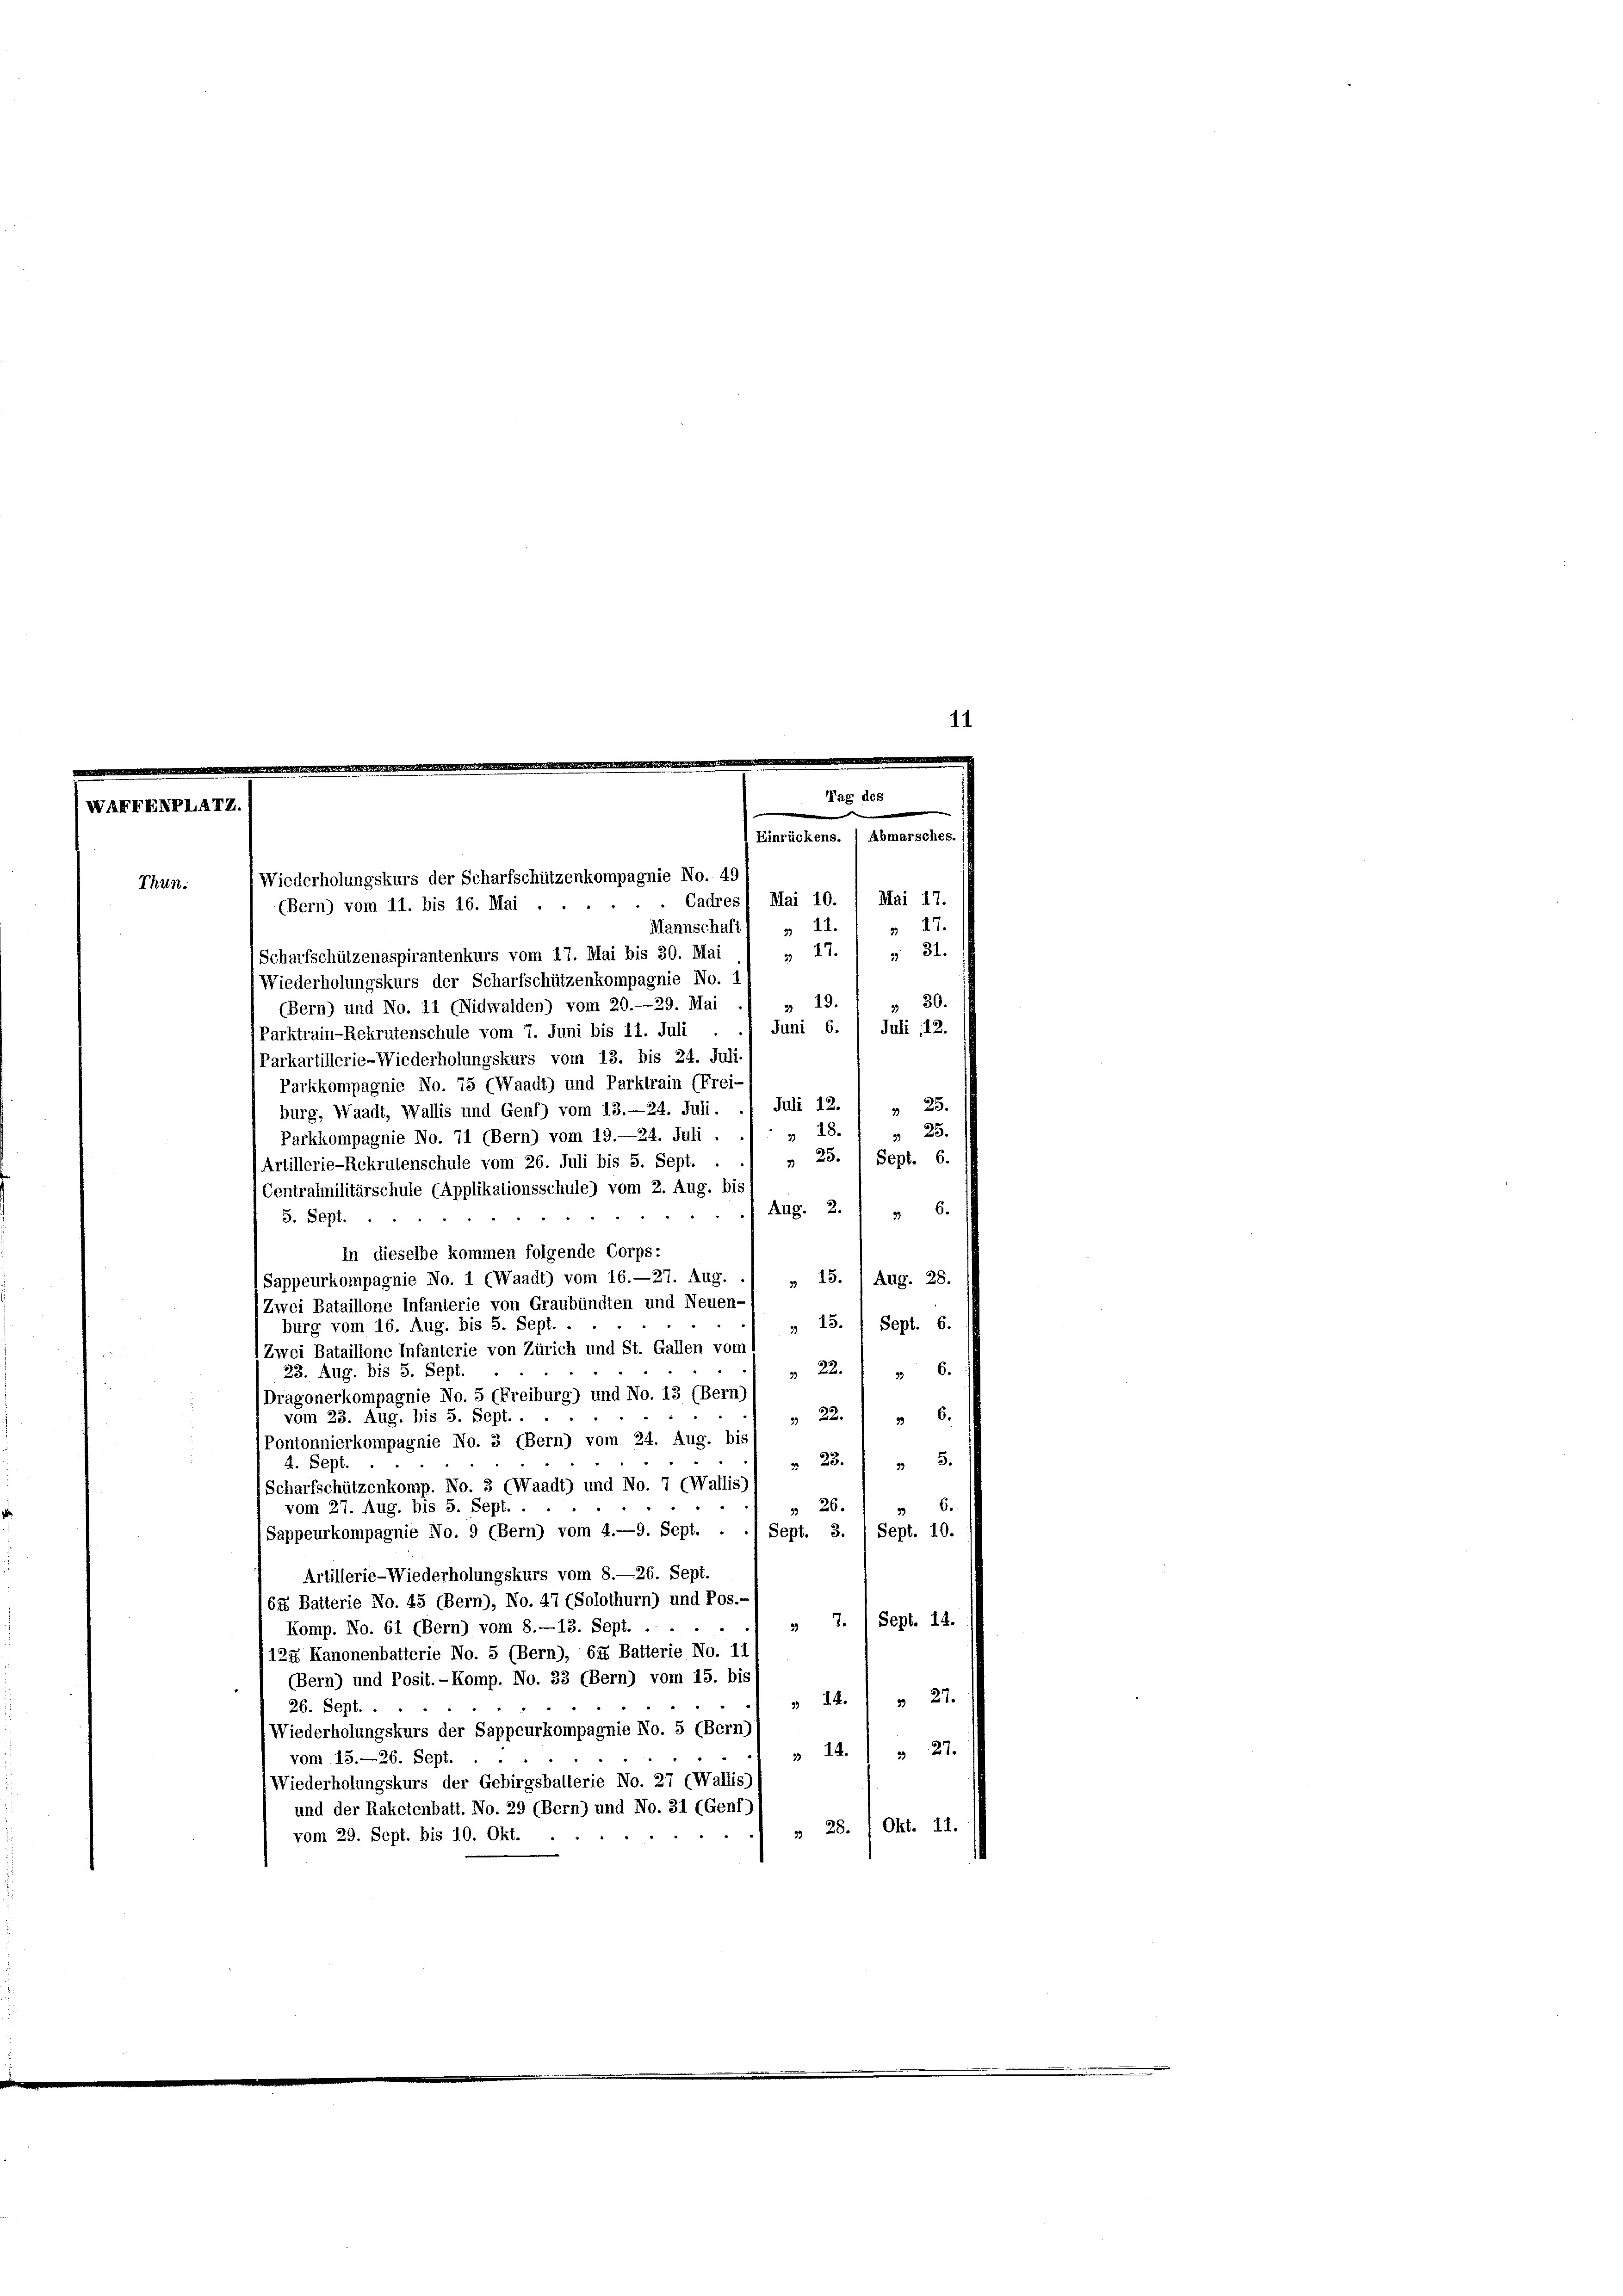
Mannschaft) » 11.
Scharfschützenaspirantenkurs vom 17. Mai bis 30. Mai
Wiederholungskurs der Scharfschützenkompagnie No. 1
319.
(Bern) und No. 11 (Nidwalden) vom 20.—29. Mai
Juni 6.
Parktrain-Rekrutenschule vom 7. Juni bis 11. Juli
Parkartillerie-Wiederholungskurs vom 13. bis 24. Juli
Parkkompagnie No. 75 (Waadt) und Parktrain (Frei-
Juli 12. " " 25.
burg, Waadt, Wallis und Genf) vom 13.—24. Juli.
» 18.) " 25.
Parkkompagnie No. 71 (Bern) vom 19.—24. Juli .
 25.
Sept. 6.
Artillerie-Rekrutenschule vom 26. Juli bis 5. Sept.
Centralmilitärschule (Applikationsschule) vom 2. Aug. bis
36.
.. Aug. 2.
5. Sept.
in dieselbe kommen folgende Corps:
Sappeurkompagnie No. 1 (Waadt) vom 16.—27. Aug.
» 15. Aug. 28.
Zwei Bataillone Infanterie von Graubünden und Neuen-
» 15. Sept. 6.
burg vom 16. Aug. bis 5. Sept.
Zwei Bataillone Infanterie von Zürich und St. Gallen vom
23. Aug. bis 5. Sept.
» 22. " " 6.
)Dragonerkompagnie No. 5 (Freiburg) und No. 13 (Bern)
 22. " " 6.
vom 23. Aug. bis 5. Sept. .
Pontonnierkompagnie No. 3 (Bern) vom 24. Aug. bis
§ 23.) " 5.
4. Sept.
Scharfschützenkomp. No. 3 (Waadt) und No. 7 (Wallis)
6.
26.
vom 27. Aug. bis 5. Sept.
33
33
Sept. 3.
Sappeurkompagnie No. 9 (Bern) vom 4.—9. Sept. .
Sept. 10.
Artillerie-Wiederholungskurs vom 8.—26. Sept.
64 Batterie No. 45 (Bern), No. 47 (Solothurn) und Pos.
7. Sept. 14.
Komp. No. 61 (Bern) vom 8.—13. Sept. .
124 Kanonenbatterie No. 5 (Bern), 645 Batterie No. 11
(Bern) und Posit. - Komp. No. 33 (Bern) vom 15. bis
 27.
14.
26. Sept. .
Wiederholungskurs der Sappeurkompagnie No. 5 (Bern,
» A.) " 27.
vom 15.—26. Sept.
(Wiederholungskurs der Gebirgsbalterie No. 27 (Wallis)
und der Raketenbatt. No. 29 (Bern) und No. 31 (Genf)
» 28. Okt. 11.
vom 29. Sept. bis 10. Okt.

Thun.

Wiederholungskurs der Scharfschützenkompagnie No. 49
Cadresl Mai 10. / Mai 17.
(Bern) vom 11. bis 16. Mai.

1.

Einrückens. 1 Abmarsches.
327.
» 27. 1 § 31.
30.
33
Juli 12.